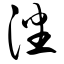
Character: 潘